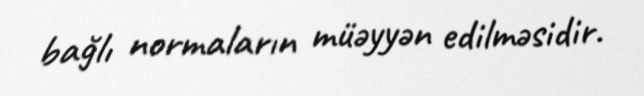
bağlı normaların müəyyən edilməsidir.